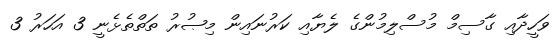
ވަހީދާއި ގާސިމް މުސްލިމުންގެ ލެޔާއި ކަރުނައިން މިޞުރު ތަތްތެޅެނީ 3 އަހަރު 3